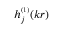
h _ { j } ^ { \scriptscriptstyle ( 1 ) } ( k r )